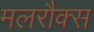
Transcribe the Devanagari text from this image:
मलरौक्स